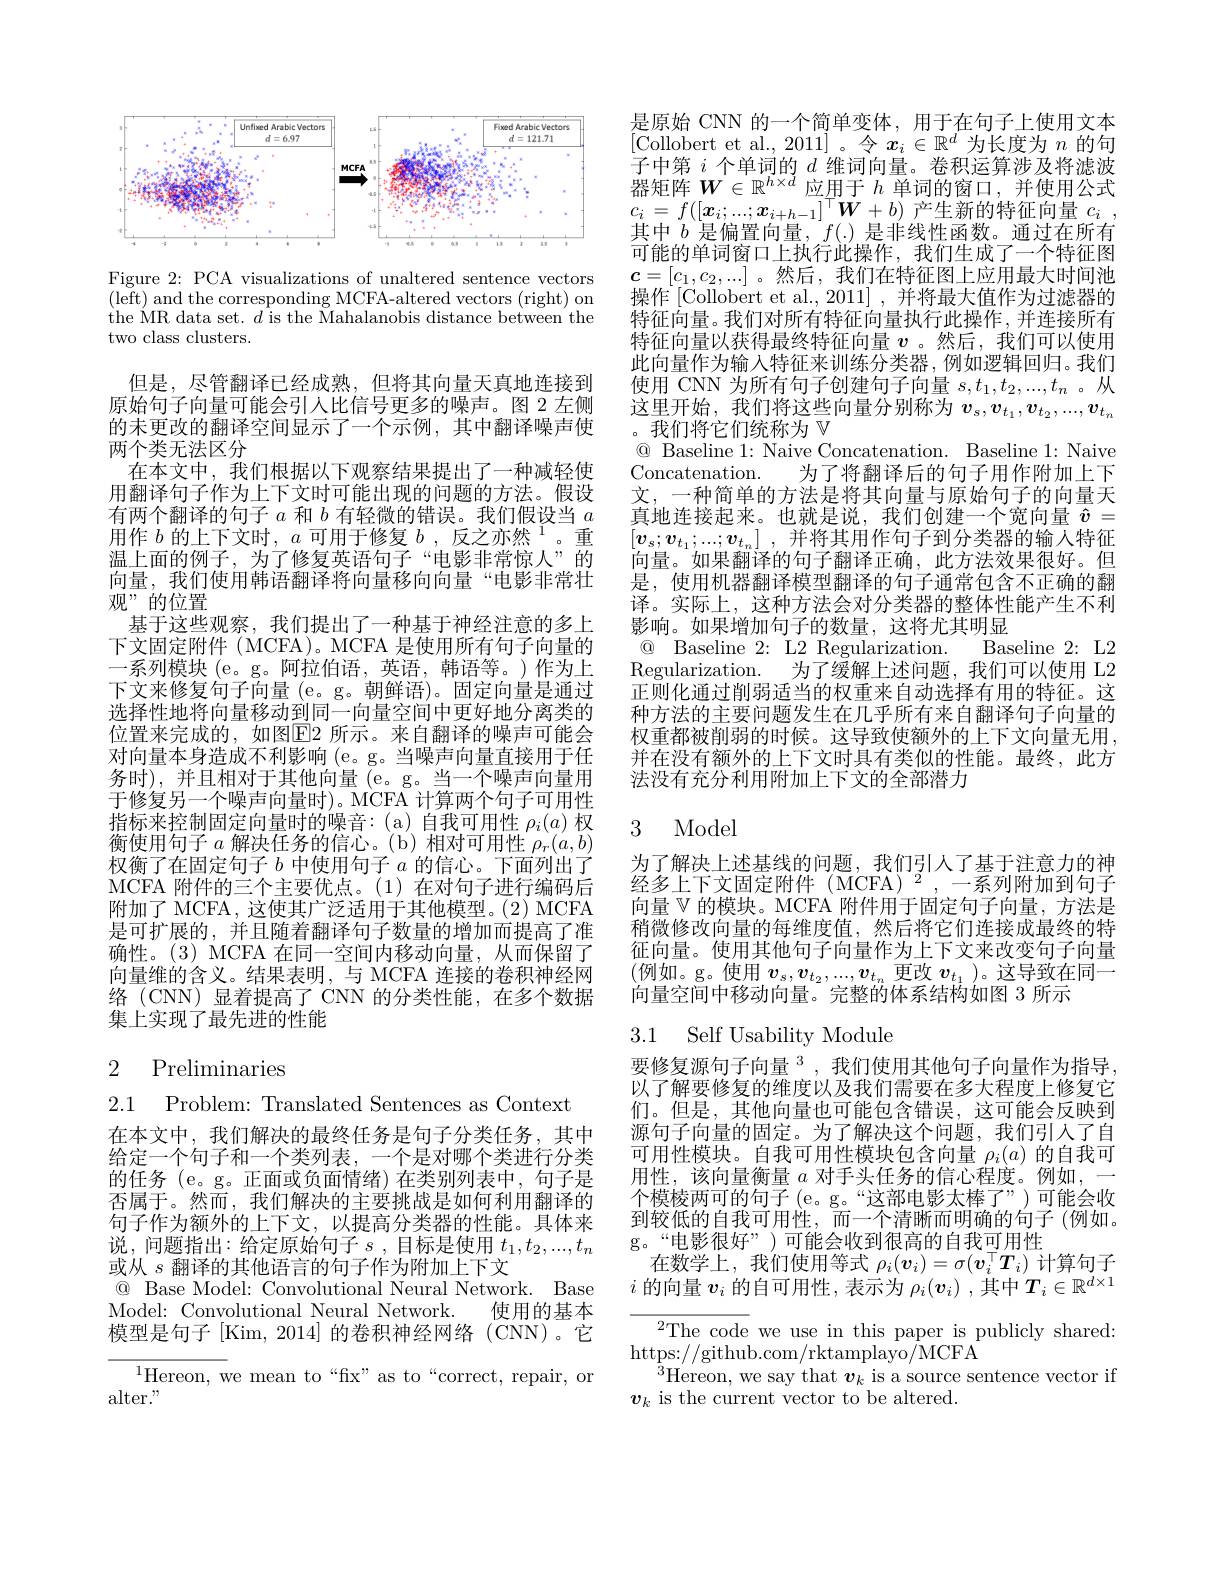
<FigureHere>

Figure 2: PCA visualizations of unaltered sentence vectors ( left) and the corresponding MCFA- altered vectors ( right) on the MR data set. $d$ is the $\bar\text{Mahalanobis distance between'the}$ two class clusters.

但是，尽管翻译已经成熟，但将其向量天真地连接到原始句子向量可能会引人比信号更多的噪声。图 2 左侧的未更改的翻译空间显示了一个示例，其中翻译噪声使两个类无法区分
在本文中，我们根据以下观察结果提出了一种减轻使用翻译句子作为上下文时可能出现的问题的方法。假设有两个翻译的句子$a$和$b$有轻微的错误。我们假设当$a$ 用作$b$的上下文时，$a$ 可 用 于 修 复 $b$,反之亦然$^1$。重温上面的例子，为了修复英语句子“电影非常惊人”的向量，我们使用韩语翻译将向量移向向量“电影非常壮观”的位置
基于这些观察，我们提出了一种基于神经注意的多上下文固定附件( MCFA)。MCFA 是使用所有句子向量的一系列模块 (e。g。阿拉伯语，英语，韩语等。)作为上下文来修复句子向量 (e。g。朝鲜语)。固定向量是通过选择性地将向量移动到同一向量空间中更好地分离类的位置来完成的，如图$\boxed{\mathrm{E}}2$ 所示。来自翻译的噪声可能会对向量本身造成不利影响 (e。g。当噪声向量直接用于任务时),并且相对于其他向量(e。g。当一个噪声向量用于修复另一个噪声向量时)。MCFA 计算两个句子可用性指标来控制固定向量时的噪音：(a)自我可用性$\rho_i(a)$权衡使用句子$a$解决任务的信心。(b)相对可用性$\rho_r(a,b)$ 权衡了在固定句子$b$中使用句子$a$的信心。下面列出了MCFA 附件的三个主要优点。(1)在对句子进行编码后附加了 MCFA, 这使其广泛适用于其他模型。(2) MCFA 是可扩展的，并且随着翻译句子数量的增加而提高了准确性。(3) MCFA 在同一空间内移动向量，从而保留了向量维的含义。结果表明，与 MCFA 连接的卷积神经网络 (CNN) 显着提高了 CNN 的分类性能，在多个数据集上实现了最先进的性能

# 2 Preliminaries

2.1 Problem: Translated Sentences as Context

在本文中，我们解决的最终任务是句子分类任务，其中给定一个句子和一个类列表，一个是对哪个类进行分类的任务 (e。g。正面或负面情绪)在类别列表中，句子是否属于。然而，我们解决的主要挑战是如何利用翻译的句子作为额外的上下文，以提高分类器的性能。具体来说，问题指出：给定原始句子$s$,目标是使用 $t_1,t_2,...,t_n$ 或从$s$翻译的其他语言的句子作为附加上下文
$\textcircled{\mathrm{Q}}$ Base Model: Convolutional Neural Network. Base
Model: Convolutional Neural Network.
使用的基本
模型是句子[Kim,2014]的卷积神经网络(CNN)。它

${}^{1}{\mathrm{Hereon,~we~mean~to~“fix"~as~to~“correct,~repair,~or}}$
alter."

是原始 CNN 的一个简单变体，用于在句子上使用文本[Collobert et al., 2011]。令$x_i\in\mathbb{R}^d$为长度为$n$的句子中第$i$个单词的$d$维词向量。卷积运算涉及将滤波器矩阵$W\in\mathbb{R}^{h\times d}$应用于$h$单词的窗口，并使用公式$c_{i}= f( [ \boldsymbol{x}_{i}; . . . ; \boldsymbol{x}_{i+ h- 1}] \:^{| }\boldsymbol{W}+ b)$ 产生新的特征向量 $c_i$ . 其中$b$是偏置向量，$f(.)$是非线性函数。通过在所有可能的单词窗口上执行此操作，我们生成了一个特征图$\boldsymbol{c}=[c_1,c_2,...]$。然后，我们在特征图上应用最大时间池操作 [Collobert et al., 2011] , 并将最大值作为过滤器的特征向量。我们对所有特征向量执行此操作，并连接所有特征向量以获得最终特征向量$v$ 。然后，我们可以使用此向量作为输入特征来训练分类器，例如逻辑回归。我们$\begin{array}{l}\text{使用 CNN 为所有句子创建句子向量 }s,t_1,t_2,...,t_n\text{ 。从}\\\text{这里开始，我们将这些向量分别称为 }\boldsymbol{v}_s,\boldsymbol{v}_{t_1},\boldsymbol{v}_{t_2},...,\boldsymbol{v}_{t_n}\\\text{。我们将它们统称为 }\mathbb{V}\end{array}$ ® Baseline 1: Naive Concatenation. Baseline 1: Naive Concatenation. 为了将翻译后的句子用作附加上下文，一种简单的方法是将其向量与原始句子的向量天真地连接起来。也就是说，我们创建一个宽向量$\overline{\hat{v}}=$ $[ \boldsymbol{v}_s; \boldsymbol{v}_{t_1}; . . . ; \boldsymbol{v}_{t_n}]$ ,并将其用作句子到分类器的输入特征向量。如果翻译的句子翻译正确，此方法效果很好。但是，使用机器翻译模型翻译的句子通常包含不正确的翻译。实际上，这种方法会对分类器的整体性能产生不利影响。如果增加句子的数量，这将尤其明显
® Baseline 2: L2 Regularization. Baseline 2: L2 Regularization. 为了缓解上述问题，我们可以使用 L2正则化通过削弱适当的权重来自动选择有用的特征。这种方法的主要问题发生在几乎所有来自翻译句子向量的权重都被削弱的时候。这导致使额外的上下文向量无用， 并在没有额外的上下文时具有类似的性能。最终，此方法没有充分利用附加上下文的全部潜力

## 3 Model

为了解决上述基线的问题，我们引人了基于注意力的神经多上下文固定附件(MCFA)$^2,-$系列附加到句子向量$\mathbb{V}$的模块。MCFA 附件用于固定句子向量，方法是稍微修改向量的每维度值，然后将它们连接成最终的特征向量。使用其他句子向量作为上下文来改变句子向量(例如。g。使用$v_s,v_{t_2},...,v_{t_n}$更改$v_t_1)$。这导致在同一向量空间中移动向量。完整的体系结构如图 3 所示

## 3.1 Self Usability Module

要修复源句子向量 3,我们使用其他句子向量作为指导以了解要修复的维度以及我们需要在多大程度上修复它们。但是，其他向量也可能包含错误，这可能会反映到源句子向量的固定。为了解决这个问题，我们引人了自可用性模块。自我可用性模块包含向量$\rho_i(a)$的自我可用性，该向量衡量$a$对手头任务的信心程度。例如，一个模棱两可的句子(e。g。“这部电影太棒了”)可能会收到较低的自我可用性，而一个清晰而明确的句子(例如。g。“电影很好”)可能会收到很高的自我可用性
在数学上，我们使用等式$\rho_i(\boldsymbol{v}_i)=\sigma(\boldsymbol{v}_i^\top T_i)$计算句子$i$的向量$v_i$的自可用性，表示为$\rho_i(v_i)$ ,其中$T_i\in\mathbb{R}^d\times$

${}^{2}$The code we use in this paper is publicly shared:
$\operatorname*{https:}//$github.com/rktamplayo/MCFA
${}^{3}$Hereon, we say that $\boldsymbol v_k$ is a source sentence vector if
$\boldsymbol{v}_k$ is the current vector to be altered